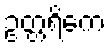
ဥတ္တရိကေ